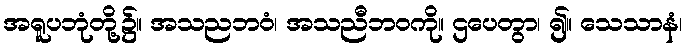
အရူပဘုံတို့၌။ အသညဘဝံ၊ အသညီဘဝကို။ ဌပေတွာ၊ ၍။ သေသာနံ၊